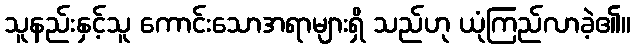
သူနည်းနှင့်သူ ကောင်းသောအရာများရှိ သည်ဟု ယုံကြည်လာခဲ့၏။